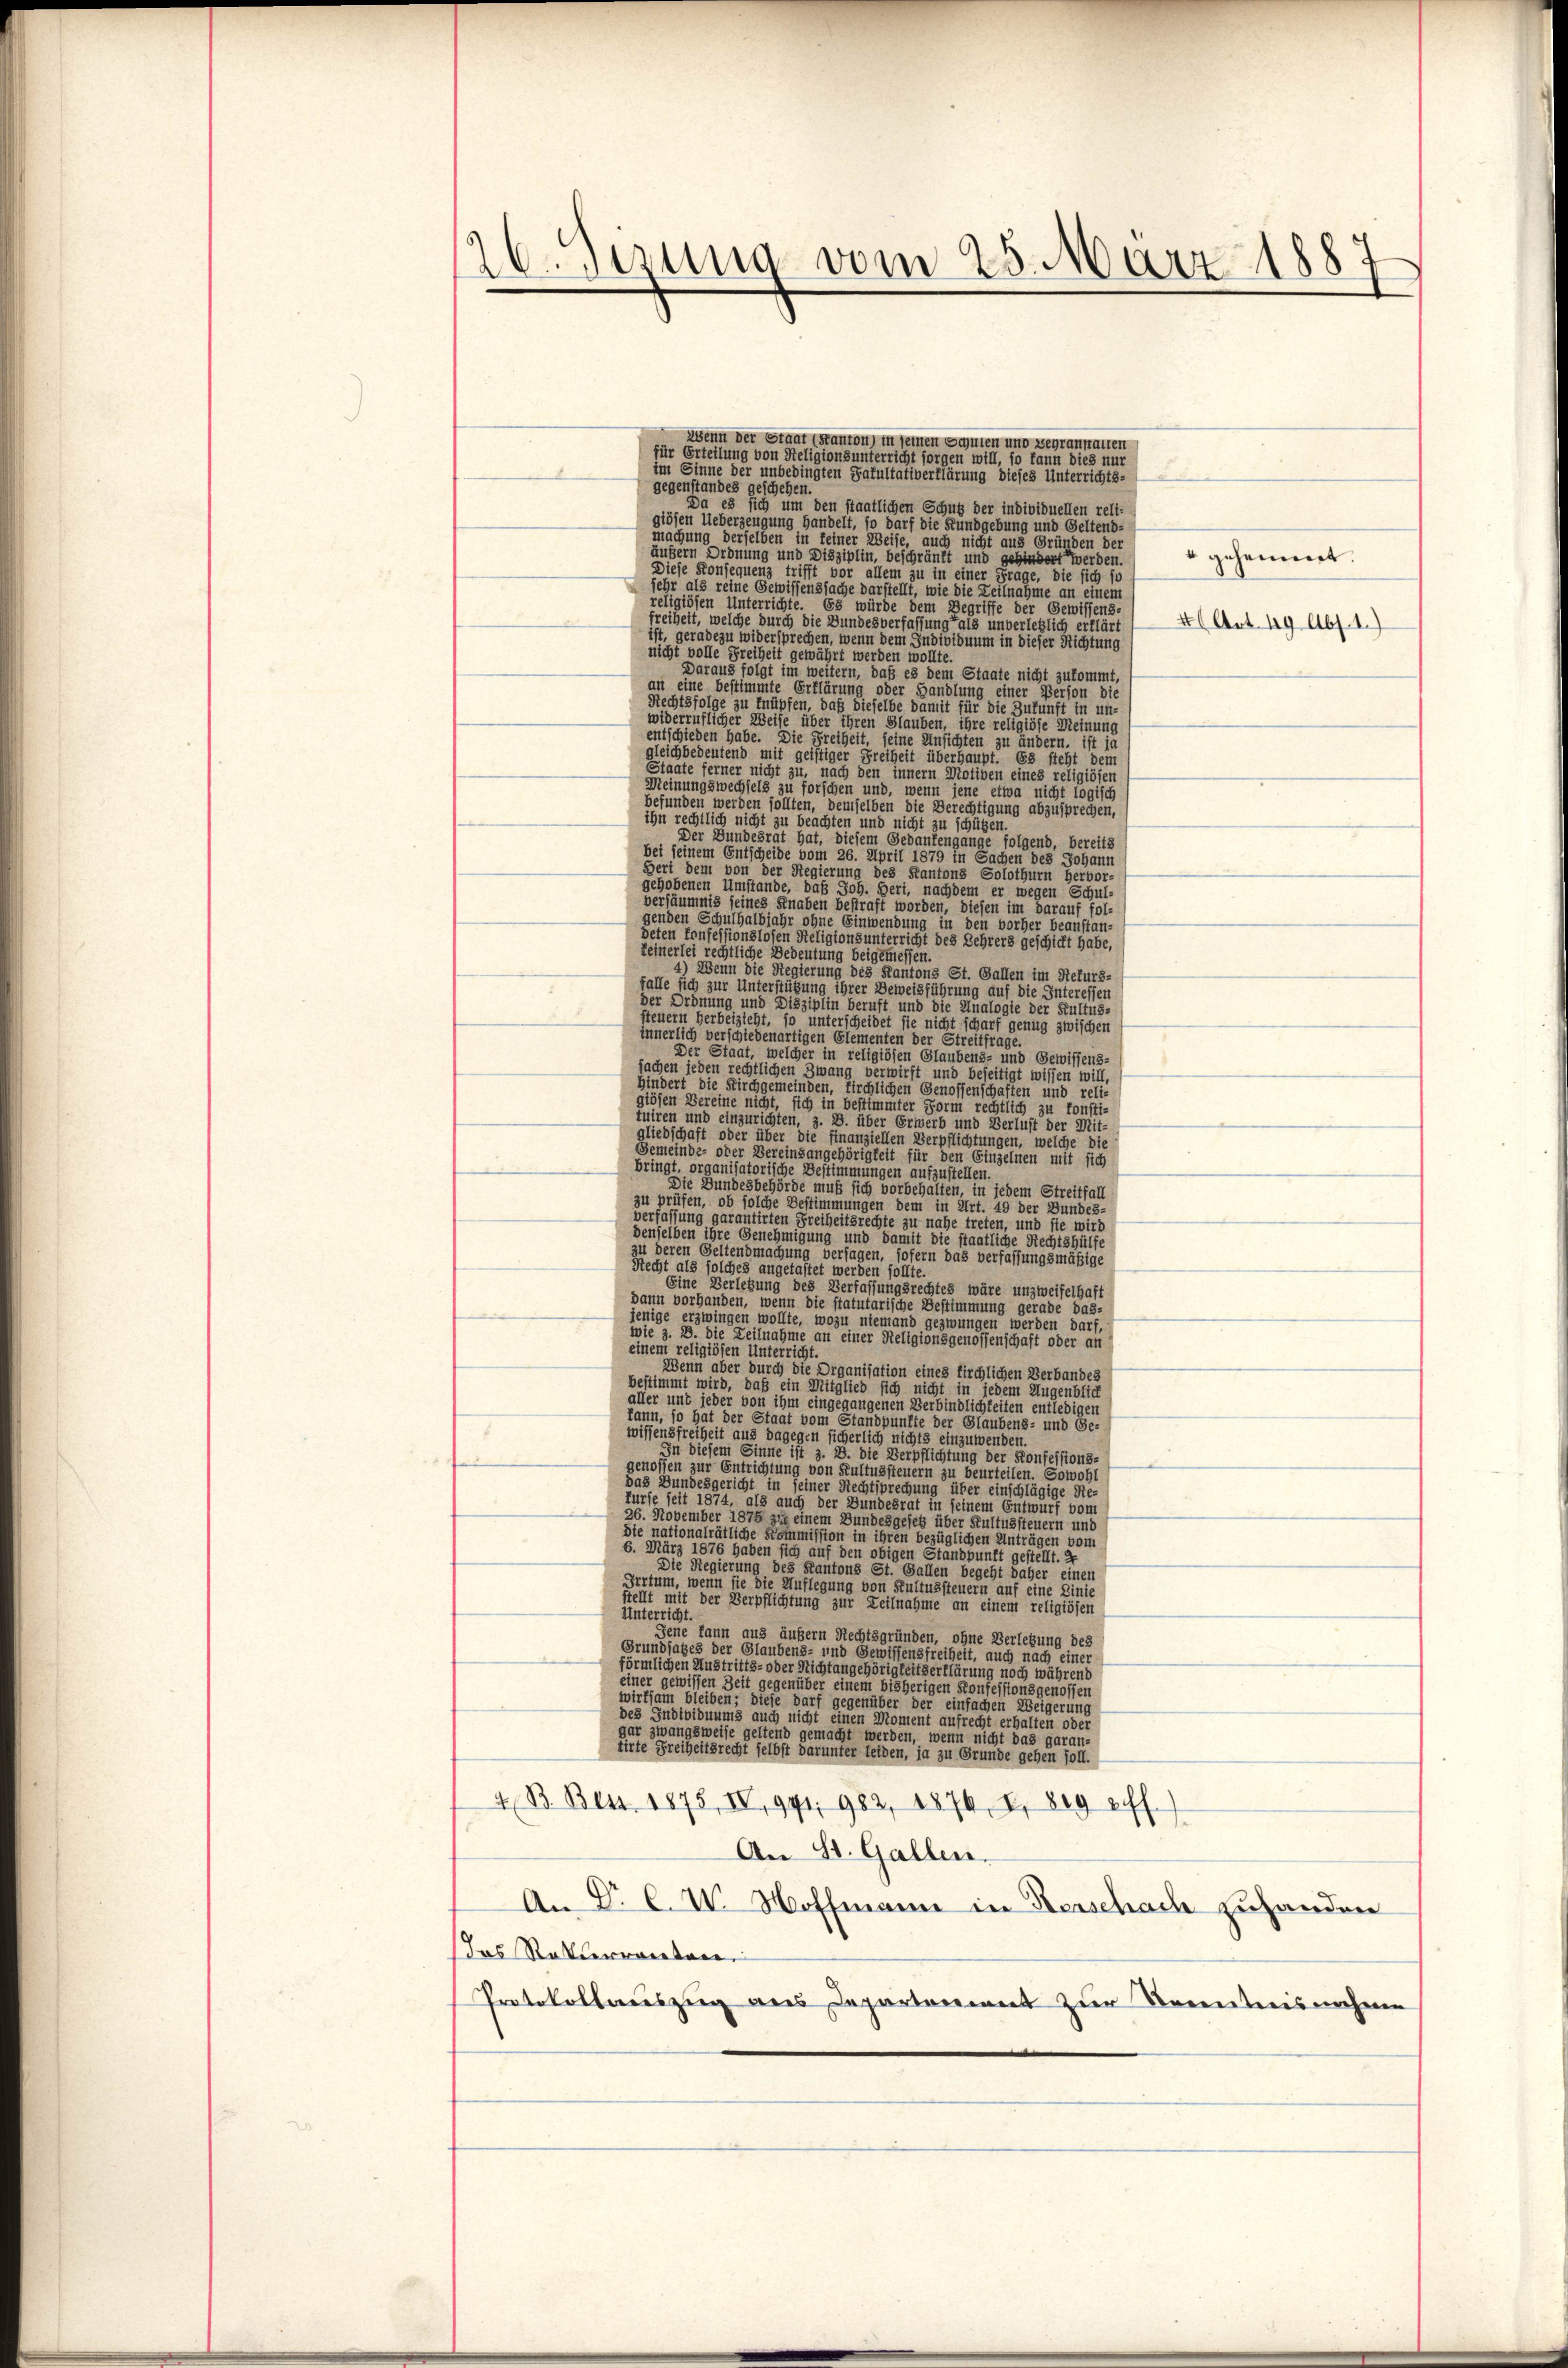
26. Sizung vom 25. März 1887

Wenn der Staat Kanton in seinen Sauten und Begrammannen
für Erteilung von Religions unterricht sorgen will, so kann dies nur
im Sinne der unbedingten Fakultativerklärung dieses Unterrichts-
gegenstandes geschehen.
Da es sich um den staatlichen Schutz der individuellen reli
giösen Ueberzeugung handelt, so darf die Kundgebung und Geltend-
machung derselben in keiner Weise, auch nicht aus Gründen der
äußern Ordnung und Disziplin, beschränkt und gehindert werden
 geheimt.
Diese Konsequenz trifft vor allem zu in einer Fra
die sich so
sehr als reine Gewissenssache darstellt, wie die Teilnahme an einem
religiösen Un¬
Es würde dem Begriffe der Gewissens-
freiheit, welche di
die Bundesverfassung als unverletzlich erklärt
46 Art. 119 Abs. 1.)
st, geradezu wide
chen, wei
em Individuum in dieser Richtung
nicht volle Freihei
wollte
Daraus folgt i
es dem Staate nicht zukomm
an eine bestimm
einer Person die
Rechtsfolge z
r die Zukunft in un-
iderruflicher Ze
die Meinun
entschieden habe. Die
zu ändern, ist je
gleichbedeutend mi
rupt. Es steht dem
Staate ferner ni
Motiven eines religiöser
Meinungswechsels
enn jene etwa nicht logisch
befunden werd.
die Be
tigung abzusprechen,
ihn rechtl
t zu
 schützen.
Der
folgend, bereits
bei
gen des Johann
Geri
der Regier
ntons Solothurn Hervor-
er wegen Schul-
d
n im darauf fol
orher beauftan-
icht des Sehrers geschicht habe,
u
ssen.
St. Gallen im Rekurs-
hrung auf die Interesser
i
e der Kultus-
sie ni
tug zwischen
i der
einen mit sich
in jedem Streitfall
34
u
t. 49 der Bundes-
zu nahe treten, und sie wird
u
it die staatliche Rechtshülf,
een das verfassungsmäßige
u
wäre unzweifelhaft
dann
1 die
he Bestimmung gerade das-
jenige erzw
nd g
werden darf,
ie 3. 2.
Seligion der einer seinen haft oder an
einem religiösen seine
enn a
n eines kirchlichen Verbande,
ird, daß
nicht in
n Augenblich
u
leiten entledig
der Staat vom
.
laubens- und Ge-
wiffensfreiheit aus dagegen sichert
8 e
wenden
diesem Sinne ist 3.
rpflichtung der Konfessions-
genossen zur Entrichtung von Kultussteuern zu beurteilen. Sowo
das Bundesgericht in seiner 3
hung über einschlägige Re
kurse seit 1874, als auch de
Gundesrat in seinem Entwurf von
26. November 1875 zu einem
es über Kultussteuern i
die nationalrätliche Kommissi
ihren bezüglichen Anträgen
6. März 1876 haben sich auf den obigen Standpunkt gestellt.2
Die Regierung des Kantons St. Gallen begeht daher ein
Irrtum, wenn sie die Auflegung von Kultussteuern auf eine Linie
stellt mit der Verpflichtung zur Zeilnahme an einem religiösen
Unterricht.
jene kann aus äußern Rechtsgründen, ohne Verlegung des
Grundsatzes der Glaubens- und Gewissensfreiheit, auch nach eine
förmlichen Austritts- oder Nicht angehörigkeitserklärung noch während
einer gewissen Zeit gegenüber einem bisherigen Konfessionsgenossen
wirksam bleiben; diese darf gegenüber der einfachen Weigeru
des Individuums auch nicht einen Moment aufrecht erhalten oder
gar zwangsweise geltend gemacht werden, wenn nicht das garg
tirte Freiheitsrecht selbst darunter leiden, ja zu Grunde gehen soll.
4. B. Bez. 1875, IV, 941 982, 1876, I. Seg etl.)
An St. Gallen.
An §. C. V. Woltmann in Verschache zuhandner
das Rotterrenten
Protokollauszien des Departement zur Serentenisnahme